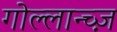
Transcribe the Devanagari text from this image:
गोल्लान्च्ज़